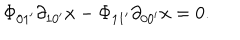
LaTeX: \Phi _ { 0 1 ^ { \prime } } \partial _ { 1 0 ^ { \prime } } x - \Phi _ { 1 1 ^ { \prime } } \partial _ { 0 0 ^ { \prime } } x = 0 .